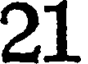
21